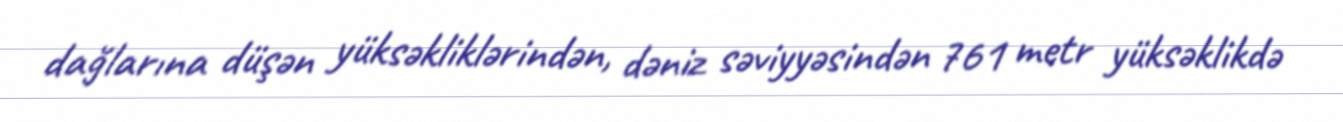
dağlarına düşən yüksəkliklərindən, dəniz səviyyəsindən 761 metr yüksəklikdə